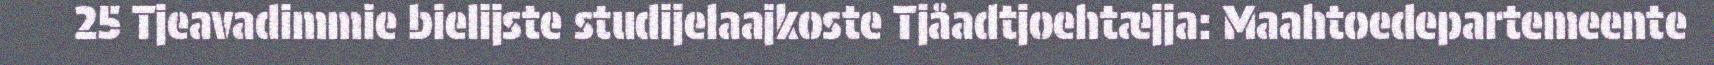
25 Tjeavadimmie bielijste studijelaajkoste Tjåadtjoehtæjja: Maahtoedepartemeente